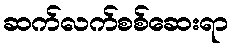
ဆက်လက်စစ်ဆေးရာ